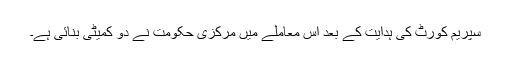
سپریم کورٹ کی ہدایت کے بعد اس معاملے میں مرکزی حکومت نے دو کمیٹی بنائی ہے۔